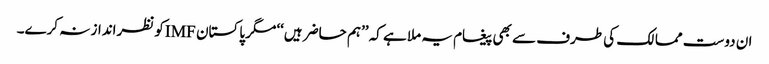
ان دوست ممالک کی طرف سے بھی پیغام یہ ملا ہے کہ ’’ہم حاضر ہیں‘‘ مگر پاکستان IMFکو نظرانداز نہ کرے۔